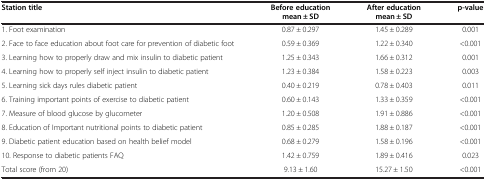
| Station title | Before education mean ± SD | After education mean ± SD | p-value |
 | --- | --- | --- | --- |
 | 1. Foot examination | 0.87 ± 0.297 | 1.45 ± 0.289 | 0.001 |
 | 2. Face to face education about foot care for prevention of diabetic foot | 0.59 ± 0.369 | 1.22 ± 0.340 | <0.001 |
 | 3. Learning how to properly draw and mix insulin to diabetic patient | 1.25 ± 0.343 | 1.66 ± 0.312 | 0.001 |
 | 4. Learning how to properly self inject insulin to diabetic patient | 1.23 ± 0.384 | 1.58 ± 0.223 | 0.003 |
 | 5. Learning sick days rules diabetic patient | 0.40 ± 0.219 | 0.78 ± 0.403 | 0.011 |
 | 6. Training important points of exercise to diabetic patient | 0.60 ± 0.143 | 1.33 ± 0.359 | <0.001 |
 | 7. Measure of blood glucose by glucometer | 1.20 ± 0.508 | 1.91 ± 0.886 | <0.001 |
 | 8. Education of Important nutritional points to diabetic patient | 0.85 ± 0.285 | 1.88 ± 0.187 | <0.001 |
 | 9. Diabetic patient education based on health belief model | 0.68 ± 0.279 | 1.58 ± 0.196 | <0.001 |
 | 10. Response to diabetic patients FAQ | 1.42 ± 0.759 | 1.89 ± 0.416 | 0.023 |
 | Total score (from 20) | 9.13 ± 1.60 | 15.27 ± 1.50 | <0.001 |